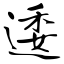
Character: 逶